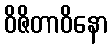
ဝိဇိတာဝိနော